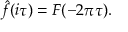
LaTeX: { \hat { f } } ( i \tau ) = F ( - 2 \pi \tau ) .